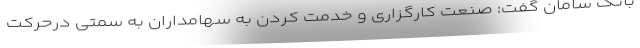
بانک سامان گفت: صنعت کارگزاری و خدمت کردن به سهامداران به سمتی درحرکت